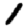
Digit: 1